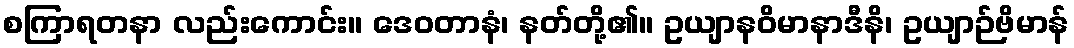
စကြာရတနာ လည်းကောင်း။ ဒေဝတာနံ၊ နတ်တို့၏။ ဥယျာနဝိမာနာဒီနိ၊ ဥယျာဉ်ဗိမာန်